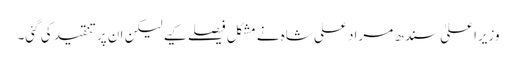
وزیراعلیٰ سندھ مراد علی شاہ نے مشکل فیصلے کیے لیکن ان پر تنقید کی گئی۔